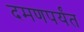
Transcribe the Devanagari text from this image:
दमणपर्यंत